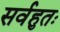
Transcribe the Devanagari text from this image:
सर्वहुतः